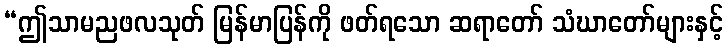
“ဤသာမညဖလသုတ် မြန်မာပြန်ကို ဖတ်ရသော ဆရာတော် သံဃာတော်များနှင့်